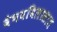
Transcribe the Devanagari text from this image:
वैभवविलासात